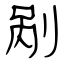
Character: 剐